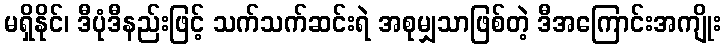
မရှိနိုင်၊ ဒီပုံဒီနည်းဖြင့် သက်သက်ဆင်းရဲ အစုမျှသာဖြစ်တဲ့ ဒီအကြောင်းအကျိုး